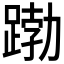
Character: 𮛱